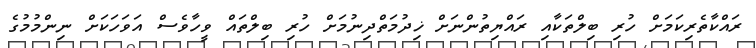
ރައްކާތެރިކަމަށް ހުރި ބިލްތަކާއި ރައްޔިތުންނަށް ޚިދުމަތްދިނުމަށް ހުރި ބިލްތައް ވީހާވެސް އަވަހަކަށް ނިންމުމުގެ